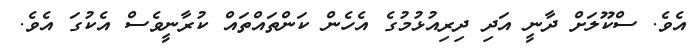
އެވެ. ސްކޫލަށް ދާނީ އަދި ދިރިއުޅުމުގެ އެހެން ކަންތައްތައް ކުރާނީވެސް އެކުގަ އެވެ.